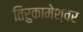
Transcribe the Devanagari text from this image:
तिरुकामेश्वर